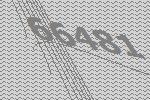
66481